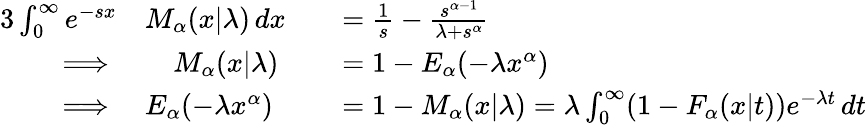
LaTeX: \begin{array}{rlrl}{{3}\int_{0}^{\infty}e^{-sx}}&{M_{\alpha}(x\vert\lambda)\, dx}&&{=\frac{1}{s}-\frac{s^{\alpha-1}}{\lambda+s^{\alpha}}}\\ {\implies}&{\quad M_{\alpha}(x\vert\lambda)}&&{=1-E_{\alpha}(-\lambda x^{\alpha})}\\ {\implies}&{E_{\alpha}(-\lambda x^{\alpha})}&&{=1-M_{\alpha}(x\vert\lambda)=\lambda\int_{0}^{\infty}(1-F_{\alpha}(x\vert t))e^{-\lambda t}\, dt}\end{array}